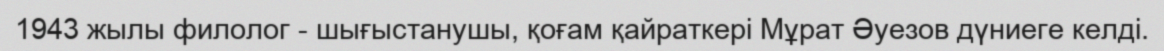
1943 жылы филолог - шығыстанушы, қоғам қайраткері Мұрат Әуезов дүниеге келді.